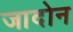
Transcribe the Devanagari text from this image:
जादोन